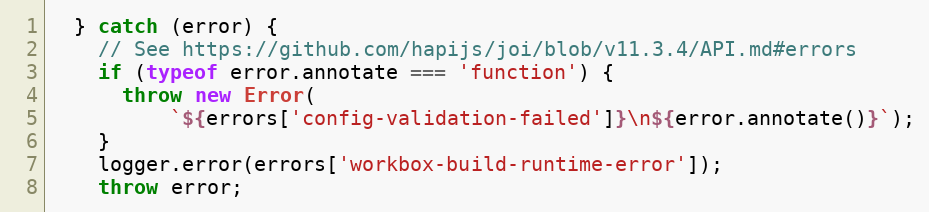
Language: JavaScript
  } catch (error) {
    // See https://github.com/hapijs/joi/blob/v11.3.4/API.md#errors
    if (typeof error.annotate === 'function') {
      throw new Error(
          `${errors['config-validation-failed']}\n${error.annotate()}`);
    }
    logger.error(errors['workbox-build-runtime-error']);
    throw error;